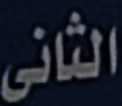
الثانى